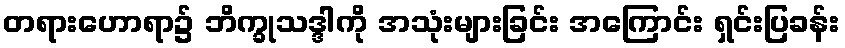
တရားဟောရာ၌ ဘိက္ခုသဒ္ဒါကို အသုံးများခြင်း အကြောင်း ရှင်းပြခန်း